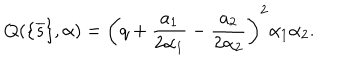
LaTeX: Q ( \{ \overline { { { s } } } \} , \alpha ) = \left( q + \frac { a _ { 1 } } { 2 \alpha _ { 1 } } - \frac { a _ { 2 } } { 2 \alpha _ { 2 } } \right) ^ { 2 } \alpha _ { 1 } \alpha _ { 2 } .